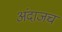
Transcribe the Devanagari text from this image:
अंदाजच